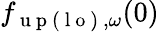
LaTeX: {f}_{\mathrm{~u~p~(~l~o~)~},\omega}(0)